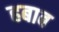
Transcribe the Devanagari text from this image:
हबाब